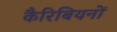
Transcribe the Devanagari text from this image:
कैरिबियनों